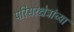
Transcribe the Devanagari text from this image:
परिसरक्षेत्रांच्या